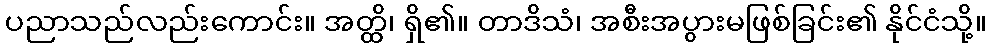
ပညာသည်လည်းကောင်း။ အတ္ထိ၊ ရှိ၏။ တာဒိသံ၊ အစီးအပွားမဖြစ်ခြင်း၏ နိုင်ငံသို့။